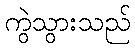
ကွဲသွားသည်